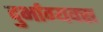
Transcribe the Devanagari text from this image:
दुर्भाग्यवस